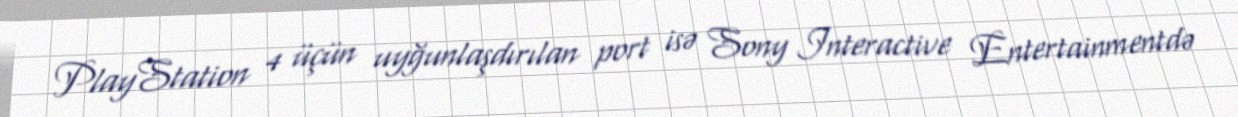
PlayStation 4 üçün uyğunlaşdırılan port isə Sony Interactive Entertainmentdə